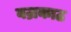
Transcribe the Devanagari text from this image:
वज्रकाठ